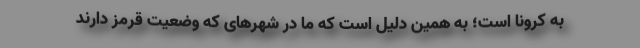
به کرونا است؛ به همین دلیل است که ما در شهرهای که وضعیت قرمز دارند